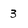
Character: 3